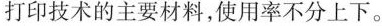
打印技术的主要材料，使用率不分上下。